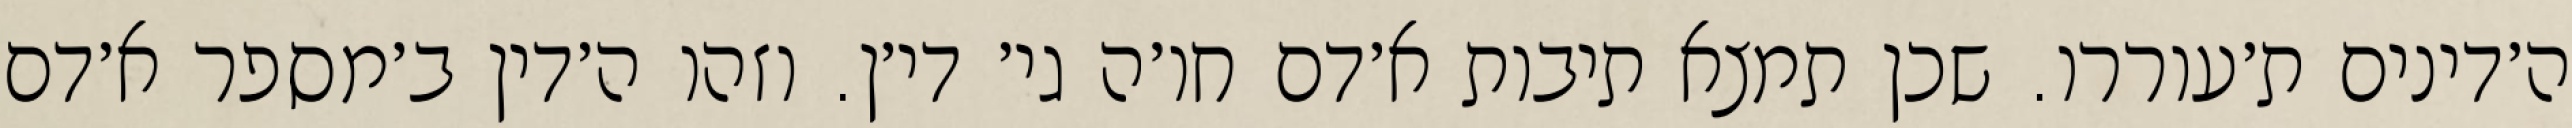
ה׳דינים ת׳עוררו. שכן תמצא תיבות א׳דם חו׳ה גי׳ די׳ן. וזהו ה׳דין ב׳מספר א׳דם